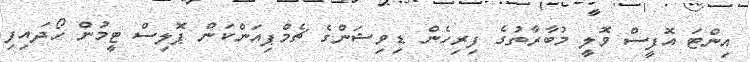
އިންޓަ އޮފީސް ވޮލީ މުބާރާތުގެ ފިރިހެން ޑިވިޝަންގެ ޗެމްޕިއަންކަން ޕޮލިސް ޓީމުން ހޯދައިފި